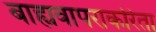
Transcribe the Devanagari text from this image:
बाह्यवापराकरिता